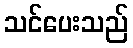
သင်ပေးသည်